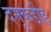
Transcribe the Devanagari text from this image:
दमूकडीह